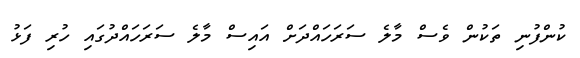
ކުންފުނި ތަކުން ވެސް މާލެ ސަރަހައްދަށް އައިސް މާލެ ސަރަހައްދުގައި ހުރި ފަޅު